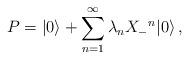
LaTeX: \begin{align*}P=|0\rangle+\sum_{n=1}^\infty\lambda_n{X_-}^n|0\rangle\,,\end{align*}